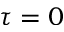
\tau = 0